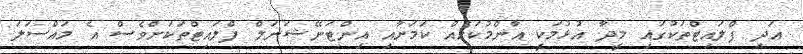
އަދި ފްލައިޓްތަކުގައި މީދާ އުޅުމަކީ އާންމުކަމެއް ކަމަށާއި އިންޓަނޭޝަނަލް ފްލައިޓްތަކަށްވެސް އެ މައްސަލަ